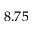
8 . 7 5